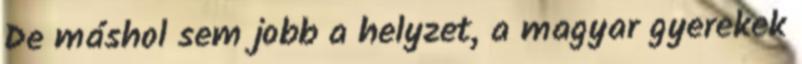
De máshol sem jobb a helyzet, a magyar gyerekek